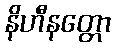
နိဟီနတ္တော